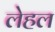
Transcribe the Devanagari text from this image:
लेहल